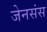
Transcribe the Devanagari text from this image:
जेनसंस